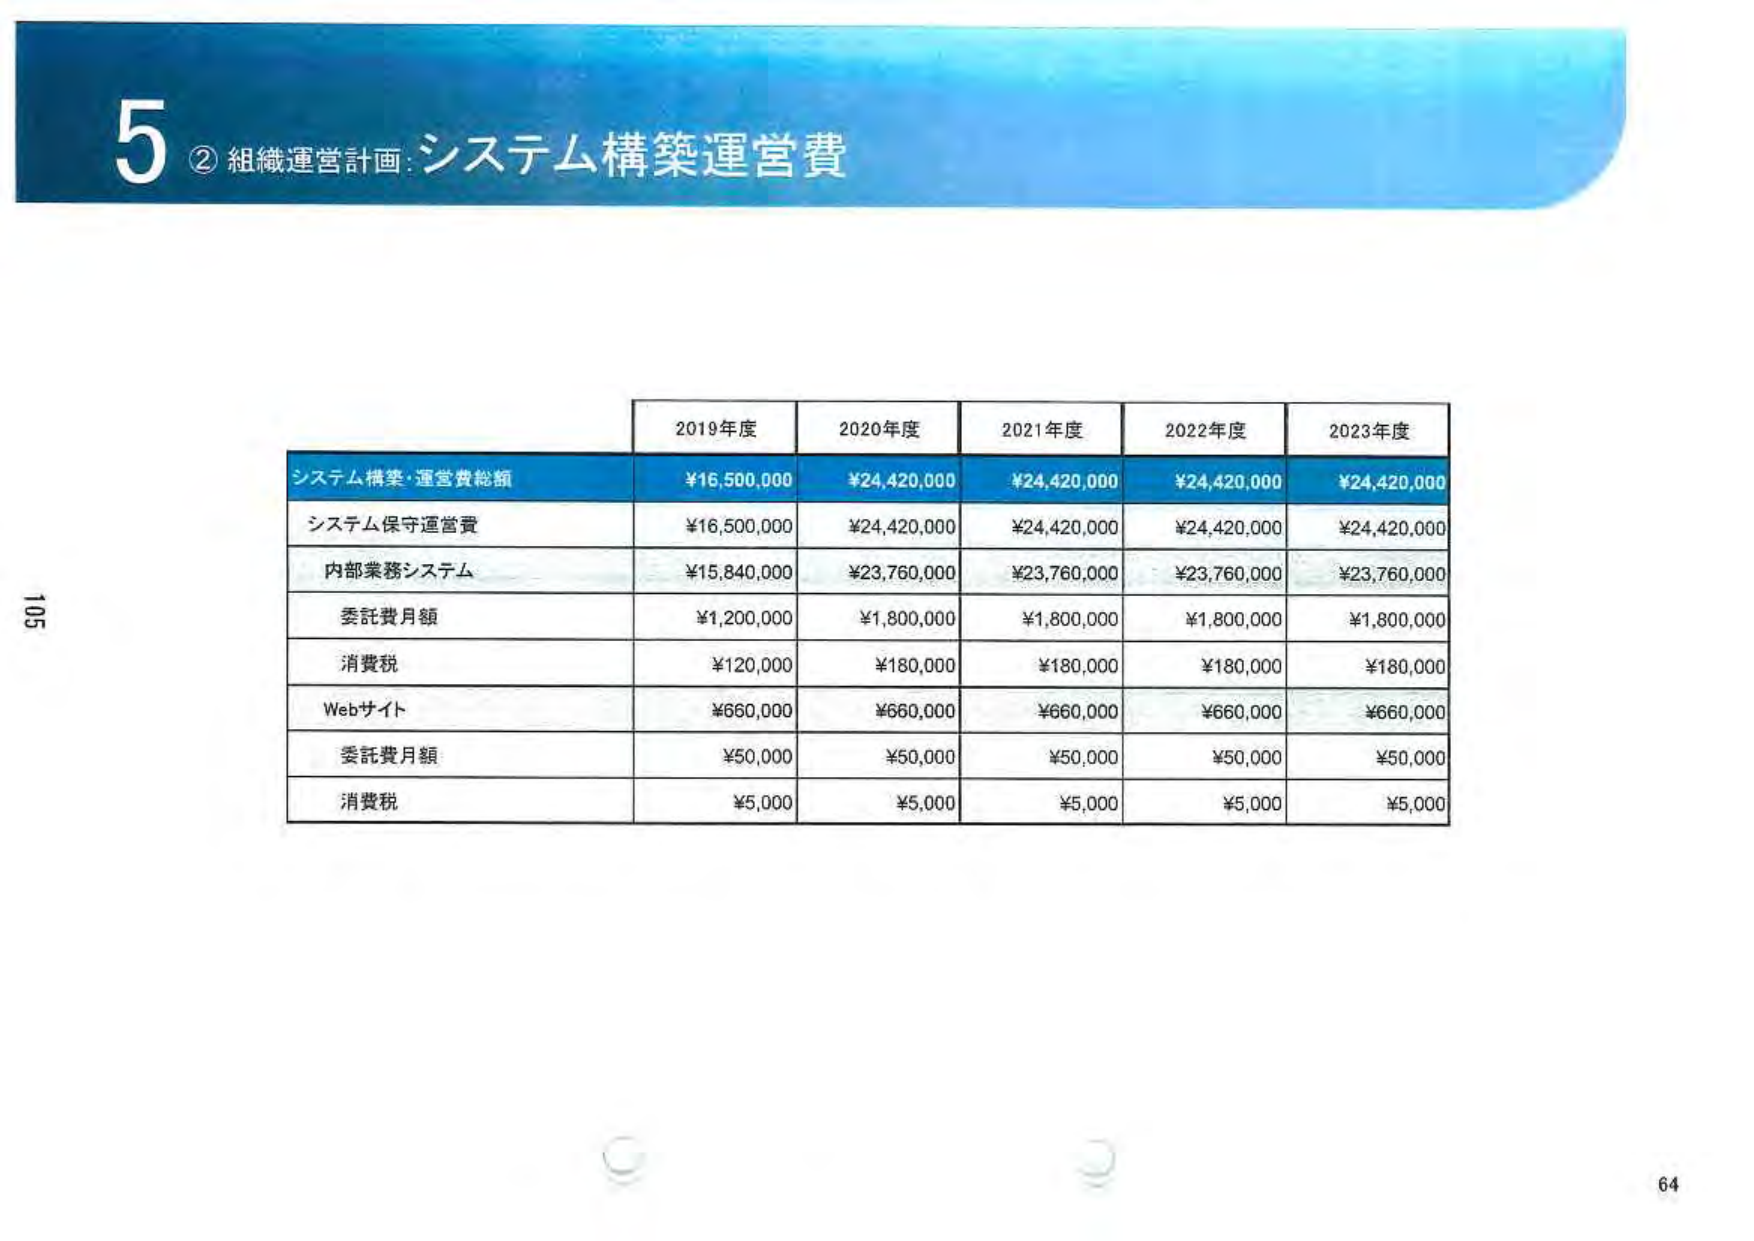
5 ② 組織運営計画：システム構築運営費

2019年度 2020年度 2021年度 2022年度 2023年度

システム構築・運営費総額 ¥16,500,000 ¥24,420,000 ¥24,420,000 ¥24,420,000 ¥24,420,000

システム保守運営費 ¥16,500,000 ¥24,420,000 ¥24,420,000 ¥24,420,000 ¥24,420,000

内部業務システム ¥15,840,000 ¥23,760,000 ¥23,760,000 ¥23,760,000 ¥23,760,000

委託費月額 ¥1,200,000 ¥1,800,000 ¥1,800,000 ¥1,800,000 ¥1,800,000

消費税 ¥120,000 ¥180,000 ¥180,000 ¥180,000 ¥180,000

Webサイト ¥660,000 ¥660,000 ¥660,000 ¥660,000 ¥660,000

委託費月額 ¥50,000 ¥50,000 ¥50,000 ¥50,000 ¥50,000

消費税 ¥5,000 ¥5,000 ¥5,000 ¥5,000 ¥5,000

105
64